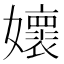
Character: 㜳